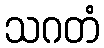
သဂတံ